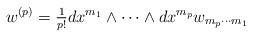
LaTeX: \begin{align*}w^{(p)}=\hbox{${1\over p!}$}dx^{m_1}\wedge\cdots \wedge dx^{m_p} w_{m_p\cdots m_1}\end{align*}